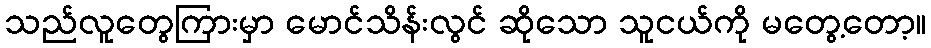
သည်လူတွေကြားမှာ မောင်သိန်းလွင် ဆိုသော သူငယ်ကို မတွေ့တော့။